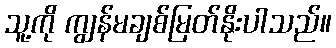
သူ့ကို ကျွန်မချစ်မြတ်နိုးပါသည်။